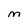
Character: m